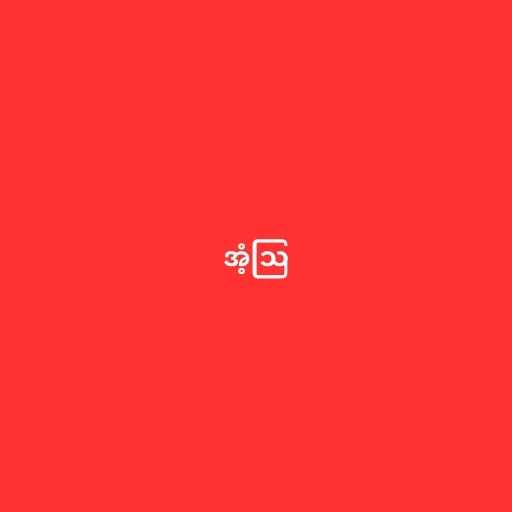
အံ့ဩ